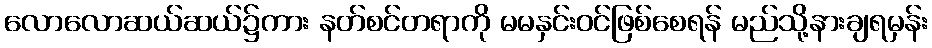
လောလောဆယ်ဆယ်၌ကား နတ်စင်တရာကို မမနှင်းဝင်ဖြစ်စေရန် မည်သို့နားချရမှန်း